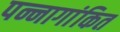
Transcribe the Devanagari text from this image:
पन्नागांकित